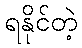
ရနိုင်တဲ့